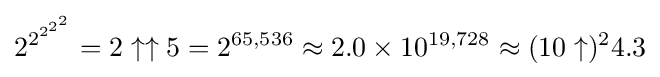
2^{2^{2^{2^{2}}}}=2\uparrow \uparrow 5=2^{65,536}\approx 2.0\times 10^{19,728}\approx (10\uparrow )^{2}4.3